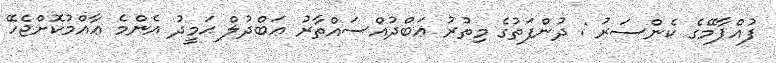
ފުއްޕާމޭގެ ކެންސަރު : ދުންފަތުގެ މިތުރު ޢަބްދުއްސައްތާރު ޢަބްދުލް ޙަމީދު އެންމެ ޢާއްމުކޮށްޖެހޭ